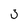
Character: 3